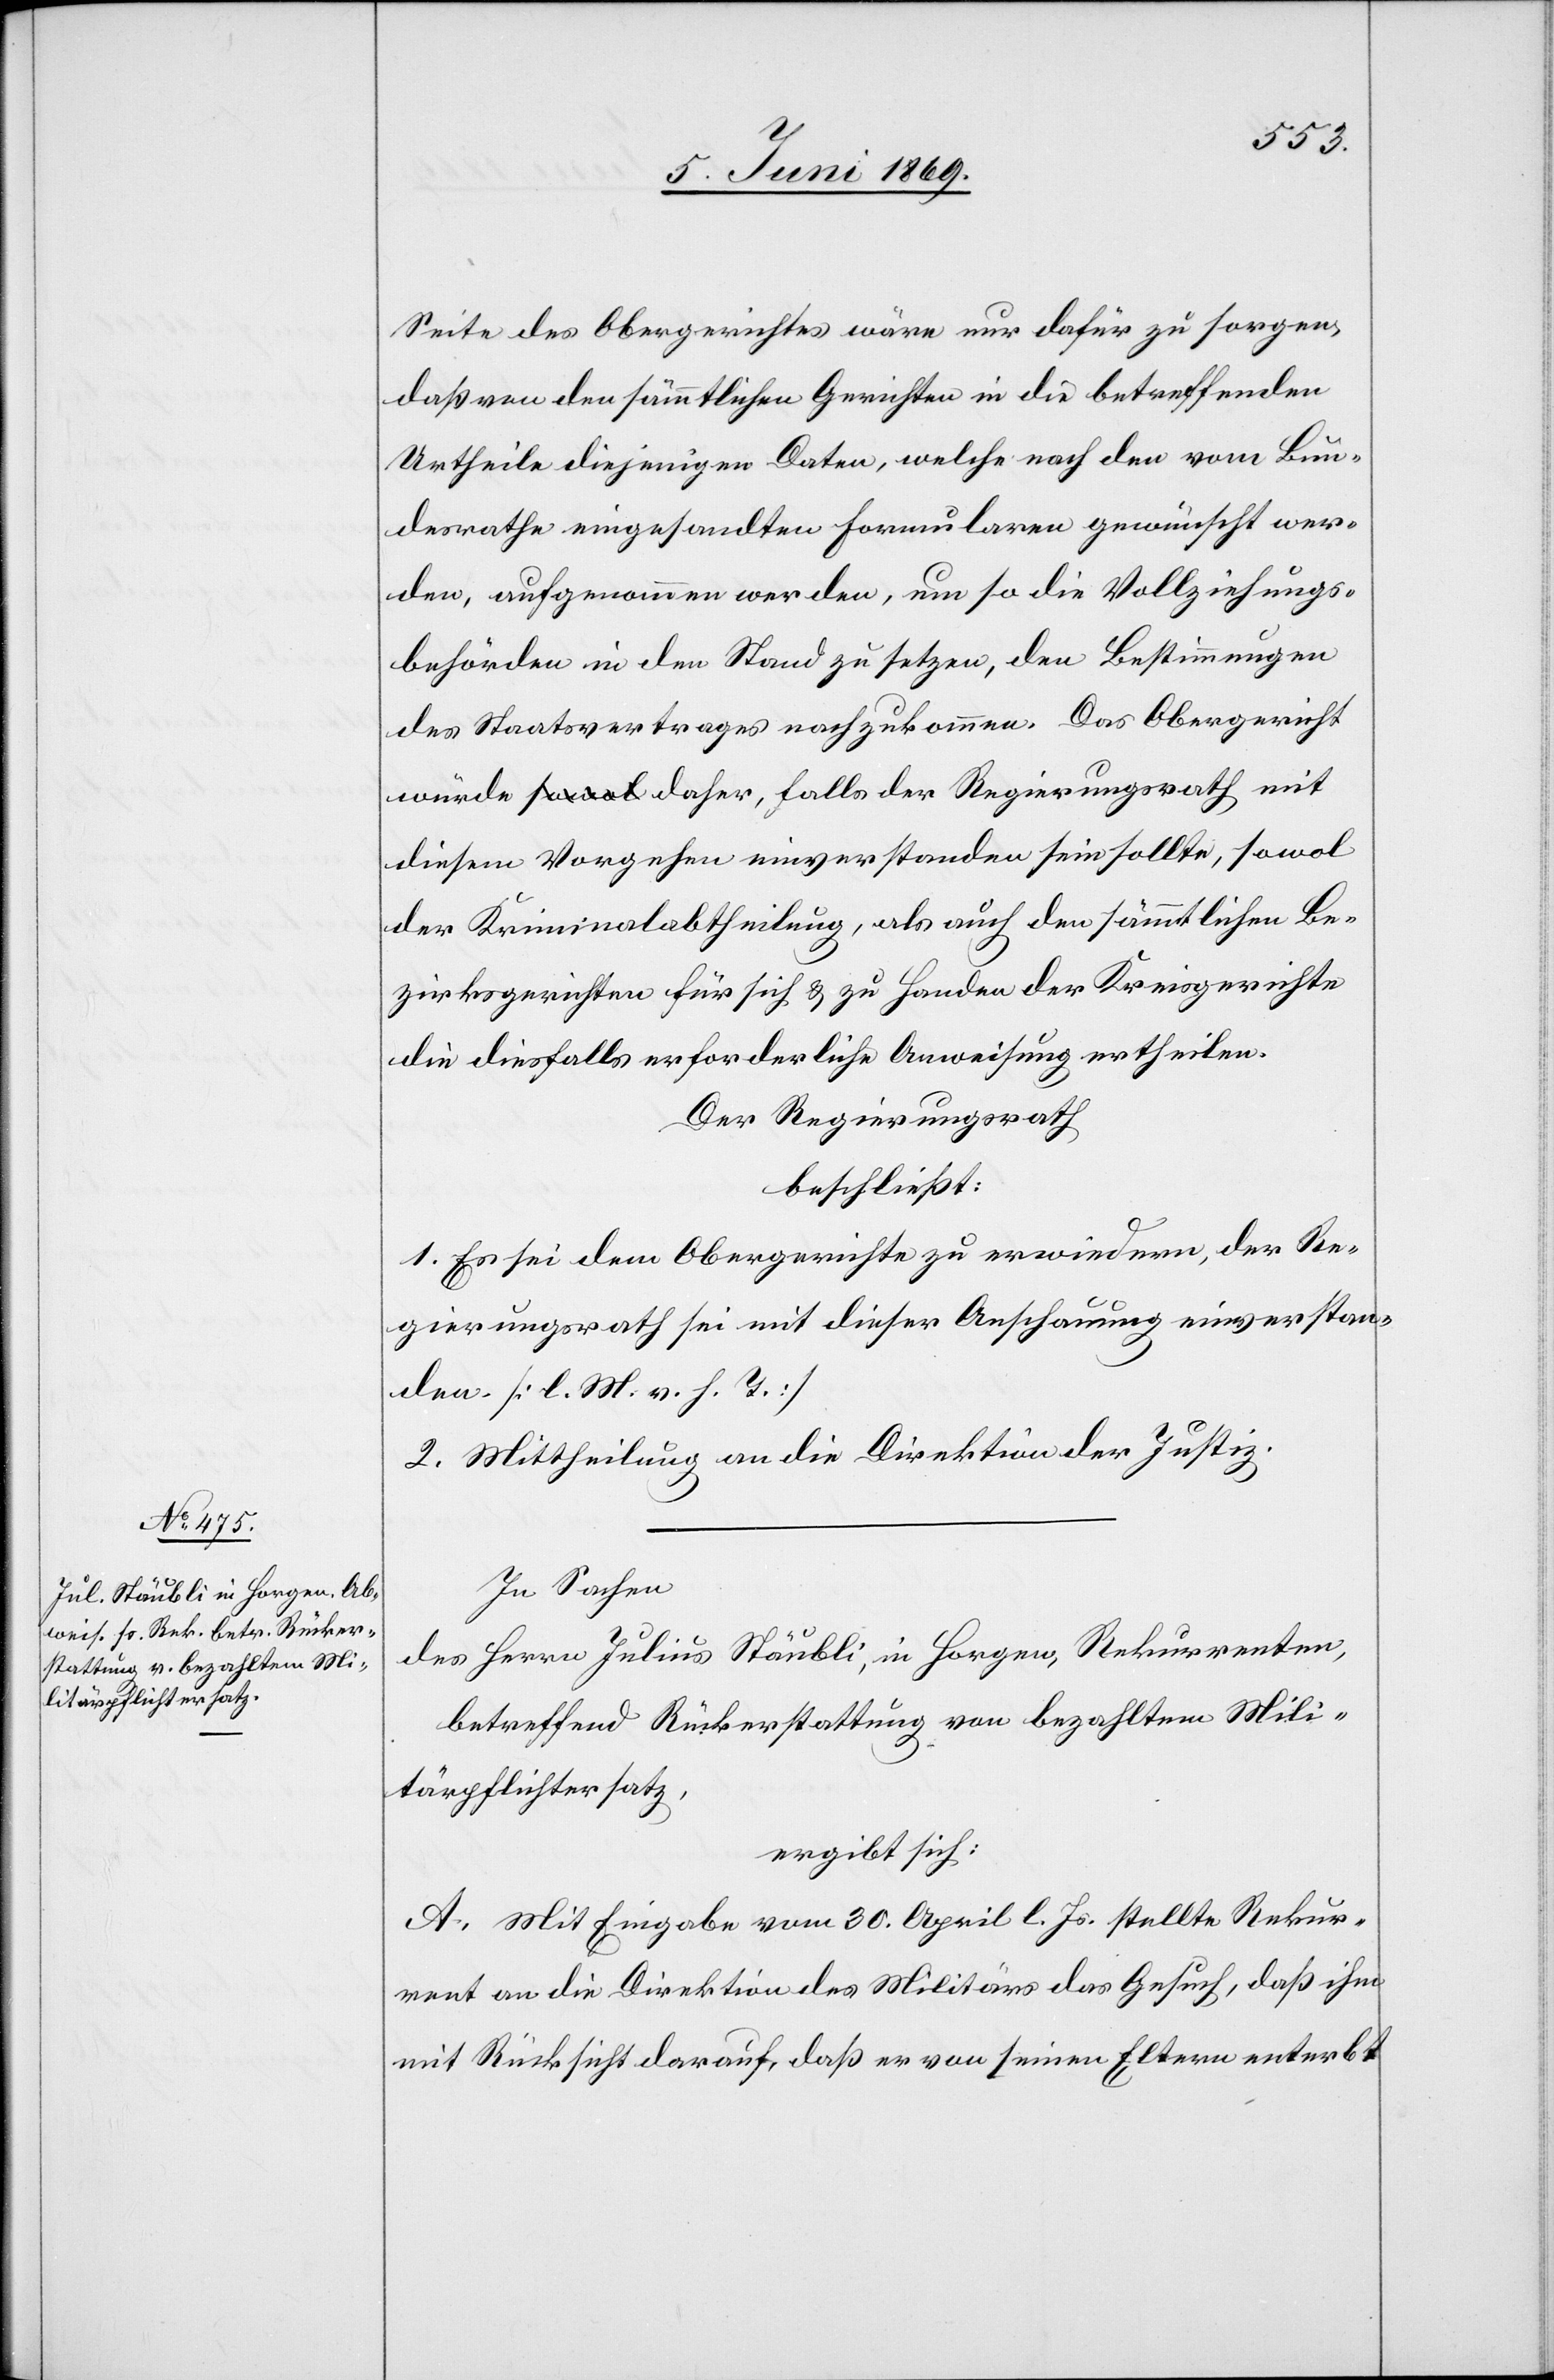
Seite des Obergerichtes wäre nur dafür zu sorgen,
daß von den sämmtlichen Gerichten in die betreffenden
Urtheile diejenigen Daten, welche nach den vom Bun¬
desrathe eingesandten Formularen gewünscht wer¬
den, aufgenommen werden, um so die Vollziehungs¬
behörden in den Stand zu setzen, den Bestimmungen
des Staatsvertrages nachzukommen. Das Obergericht
würde daher, falls der Regierungsrath mit
diesem Vorgehen einverstanden sein sollte, sowol
der Kriminalabtheilung, als auch den sämmtlichen Be¬
zirksgerichten für sich u. zu Handen der Kreisgerichte
die diesfalls erforderliche Anweisung ertheilen.
Der Regierungsrath
beschließt:
1. Es sei dem Obergerichte zu erwiedern, der Re¬
gierungsrath sei mit dieser Anschauung einverstan¬
den [l. M. v. h. T].
2. Mittheilung an die Direktion der Justiz.
In Sachen
des Herrn Julius Stäubli, in Horgen, Rekurrenten,
betreffend Rückerstattung von bezahltem Mili¬
tärpflichtersatz,
ergibt sich:
A. Mit Eingabe vom 30 April l. Js. stellte Rekur¬
rent an die Direktion des Militärs das Gesuch, daß ihm
mit Rücksicht darauf, daß er von seinen Eltern enterbt